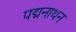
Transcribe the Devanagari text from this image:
पद्मनाथन